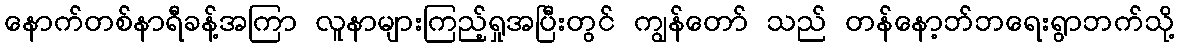
နောက်တစ်နာရီခန့်အကြာ လူနာများကြည့်ရှုအပြီးတွင် ကျွန်တော် သည် တန်နော့ဘ်ဘရေးရွာဘက်သို့